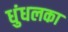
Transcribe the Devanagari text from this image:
धुंधलका